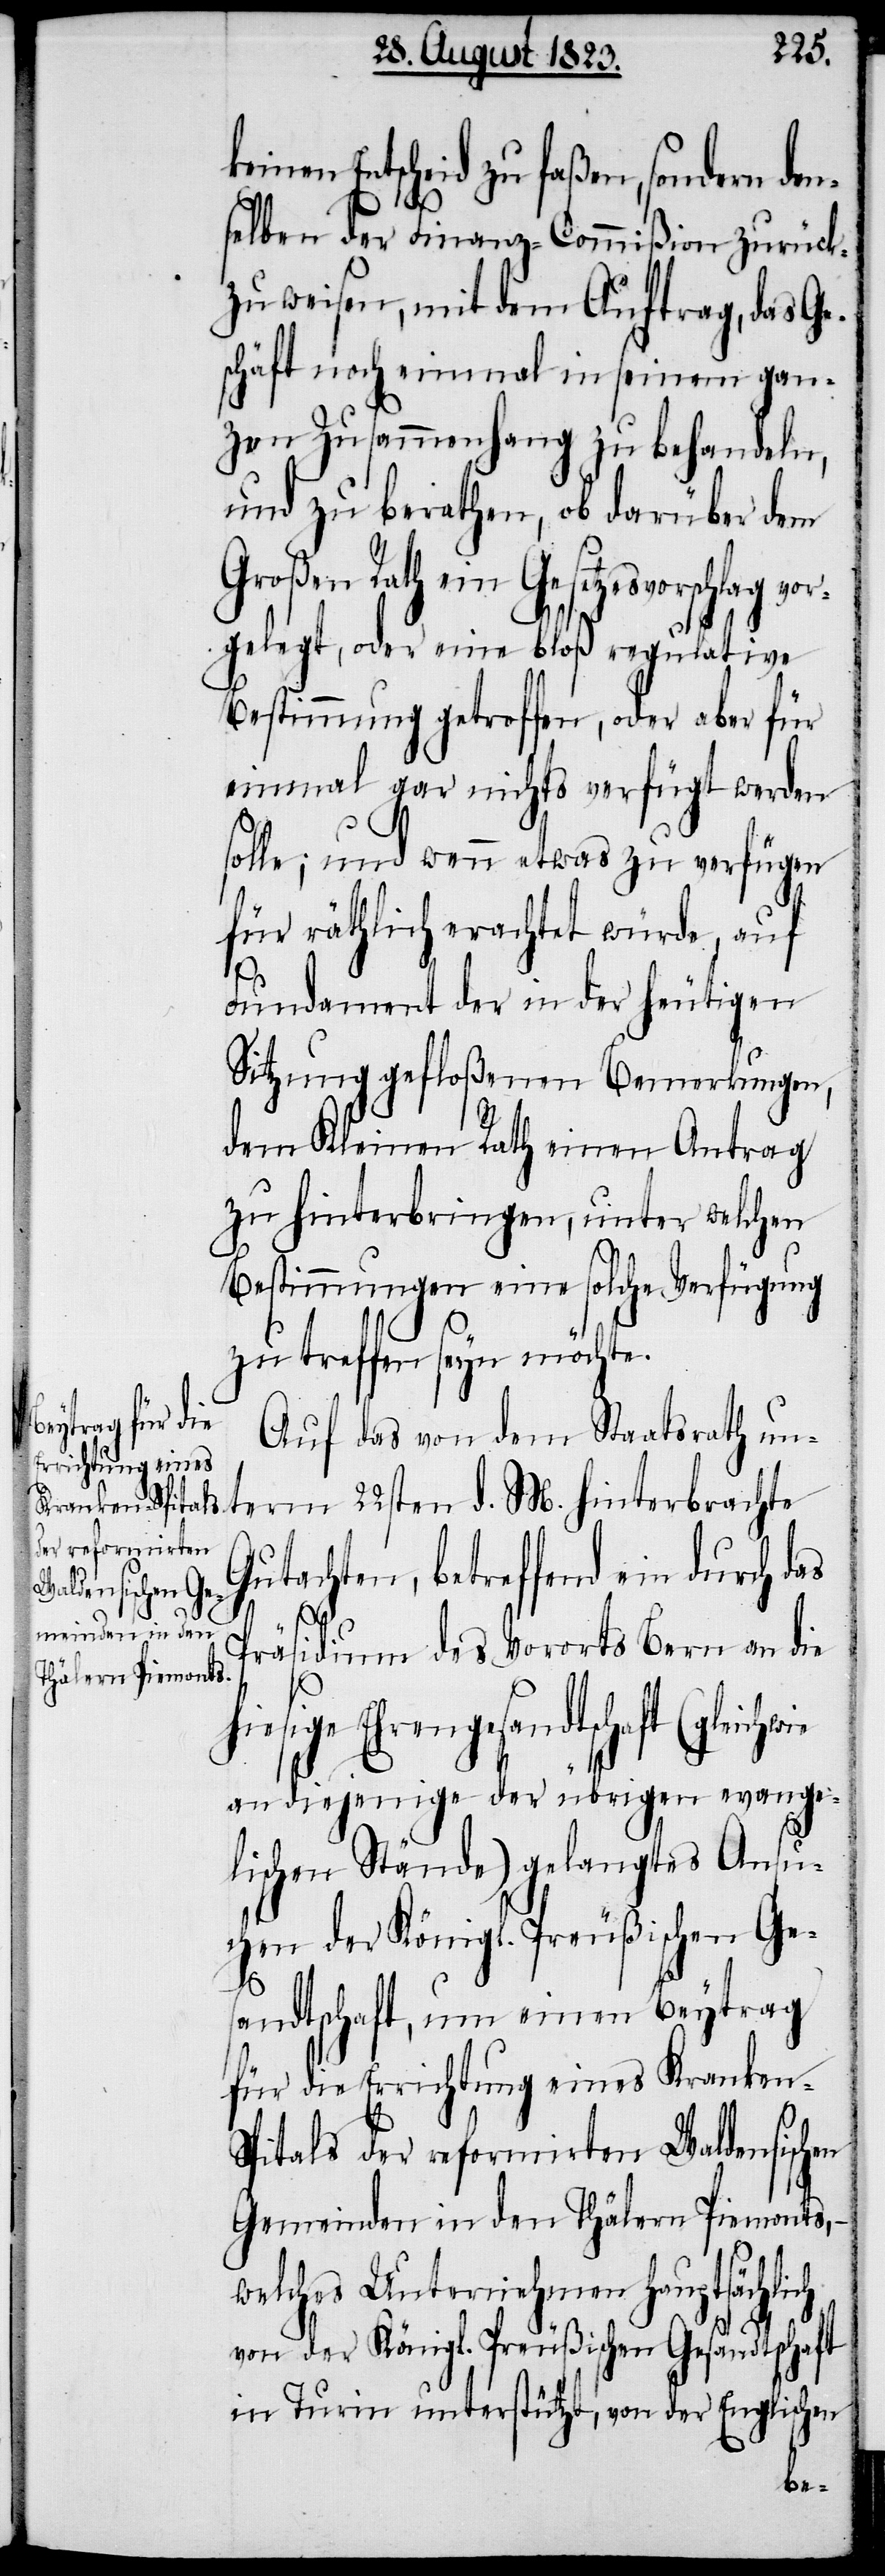
Entscheid zu faßen, sondern den¬
selben der Finanz-Commißion zurück¬
zuweisen, mit dem Auftrag, das Ge¬
schäft noch einmal in seinem gan¬
zen Zusammenhang zu behandeln,
und zu berathen, ob darüber dem
Großen Rath ein Gesetzesvorschlag
gelegt, oder eine bloß regulative
Bestimmung getroffen, oder aber für
einmal gar nichts verfügt werden
solle; und wenn etwas zu verfügen
für räthlich erachtet würde, auf
Fundament der in der heutigen
Sitzung gefloßenen Bemerkungen,
dem Kleinen Rath einen Antrag
zu hinterbringen, unter welchen
Bestimmungen eine solche Verfügung
zu treffen seyn möchte.
Auf das von dem Staatsrath u¬
nterm 22sten d. M. hinterbrachte
Gutachten, betreffend ein durch d¬
hwie
Präsidium des Vororts Bern an die
en
hiesige Ehrengesandtschaft (gleic¬
an diejenige der übrigen evange¬
lischen Stände) gelangtes Ansu¬
chen der Königl. Preußischen Ge¬
sandtschaft, um einen Beytrag
für die Errichtung eines Kranken-S¬
pitals der reformirten Waldensisch¬
Gemeinden in den Thälern Piemonts,
welches Unternehmen hauptsächlich
von der Königl. Preußischen Gesandtschaft
in Turin unterstützt, von der Englischen
vor¬